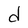
Character: d